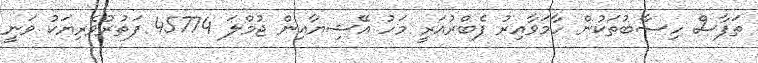
ތަފާސް ހިސާބުތަކުން ހާމަވާއިރު ފެބްރުއަރީ މަހު އޭޝިޔާއިން ޖުމްލަ 45774 ފަތުރުވެރިޔަކު ވަނީ